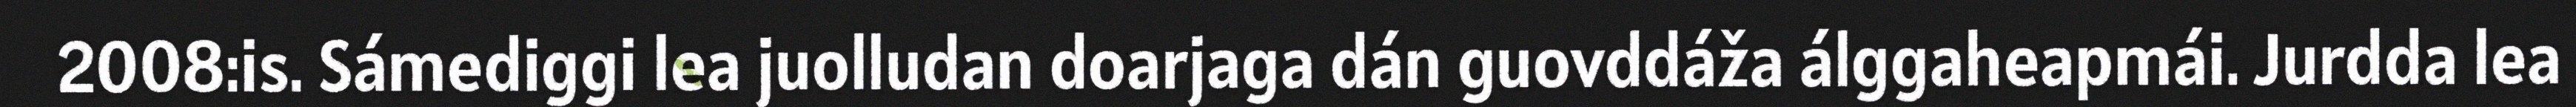
2008:is. Sámediggi lea juolludan doarjaga dán guovddáža álggaheapmái. Jurdda lea